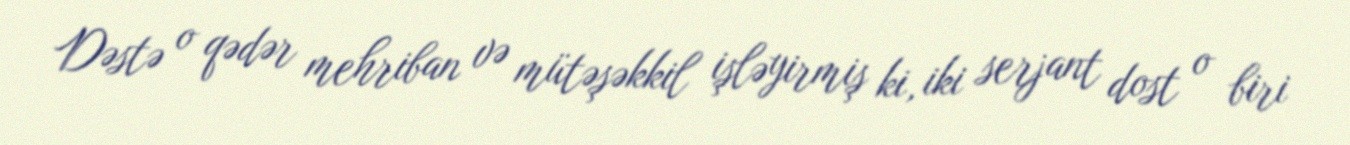
Dəstə o qədər mehriban və mütəşəkkil işləyirmiş ki, iki serjant dost o biri